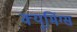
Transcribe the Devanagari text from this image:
क्यूमिंग्स